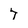
Character: 7